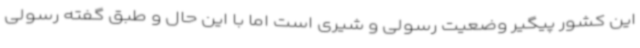
این کشور پیگیر وضعیت رسولی و شیری است اما با این حال و طبق گفته رسولی